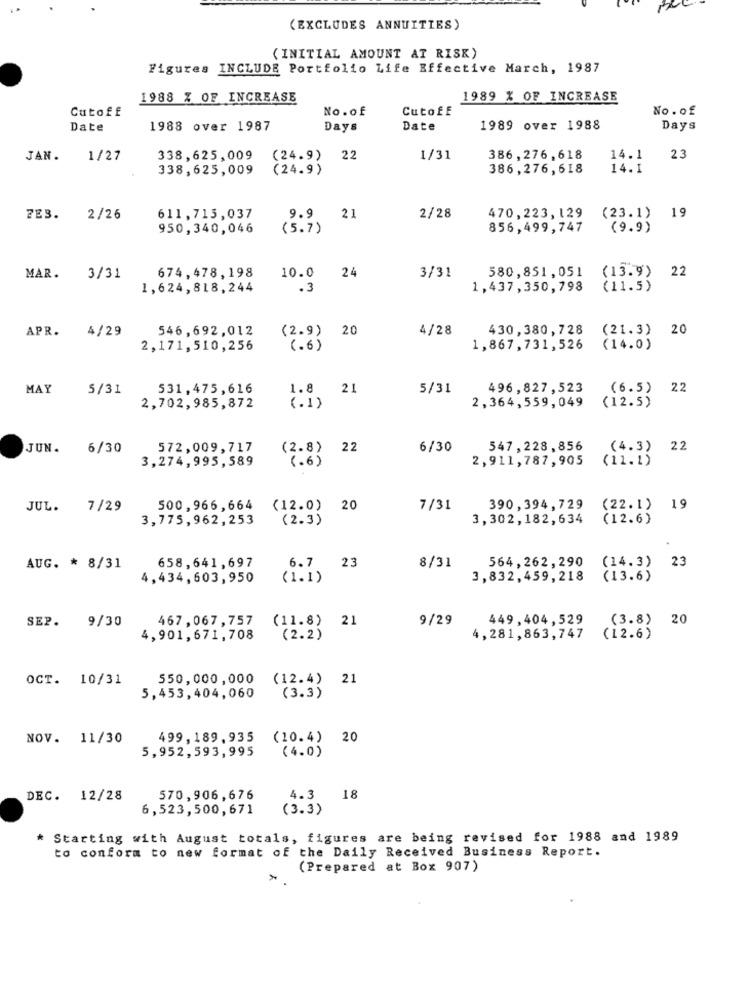
(EXCLUDES ANNUITIES)
( INITIAL AMOUNT AT RISK)
Figures INCLUDE Portfolio Life Effective March, 1987
1988 % OF INCREASE
1989 % OF INCREASE
Cutoff
No.of
Cutoff
No.of
Date
1988 over 1987
Days
Date
1989 over 1988
Days
JAN.
1/27
338,625,009
(24.9) 22
1/31
386, 276, 618
14.1
2.3
338,625,009
(24.9)
386, 276, 618
14.1
(23.1)
19
7E3.
2/26
611,713,037
9.9
21
2/28
470,223,129
950,340,046
(5.7)
856,499,747
(9.9)
10.0
24
580,851,051
22
MAR.
3/31
674,478,198
3/31
(13.9)
1,624,818,244
.3
1,437,350,798
(11.5)
APR.
4/29
546,692,012
(2.9) 20
4/28
430,380,728
(21.3)
20
2,171, 510,256
(.6)
1,867,731,526
(14.0)
MAY
5/31
531,475,616
1.8
21
5/31
496,827,523
(6.5)
2.2
( . 1)
2,364,559,049
(12.5)
2,702,985,872
JUN.
6/30
572,009,717
(2.8) 22
6/30
547, 228, 856
(4.3)
22
3,274,995,589
(.6 )
2,911,787,905
(11.1)
JUL.
7/29
500,966,664
(12.0) 20
7/31
390,394, 729
(22. 1 )
19
3,775,962, 253
(2.3)
3,302,182,634
(12.6)
23
564,262,290
(14.3)
23
AUG. * 8/31
658,641,697
6.7
8/31
4,434,603,950
(1.1)
3,832,459,218
(13.6)
9/30
467,067,757
(11.8) 21
9/29
449,404,529
(3.8) 20
SEP.
4,901,671,708
(2.2)
4,281,863,747
(12.6)
OCT. 10/31
550,000,000
(12.4) 21
5,453,404,060
(3.3)
NOV. 11/30
499, 189, 935
(10.4) 20
5,952, 593, 995
(4.0)
DEC. 12/28
570,906, 676
4.3
18
6,523,500,671
(3.3)
* Starting with August totals, figures are being revised for 1988 and 1989
to conform to new format of the Daily Received Business Report.
(Prepared at Box 907)